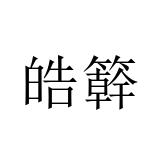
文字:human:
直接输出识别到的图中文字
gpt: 皓簳